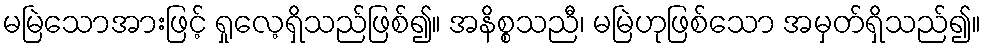
မမြဲသောအားဖြင့် ရှုလေ့ရှိသည်ဖြစ်၍။ အနိစ္စသညီ၊ မမြဲဟုဖြစ်သော အမှတ်ရှိသည်၍။